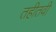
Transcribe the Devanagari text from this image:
तहीतवी